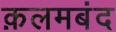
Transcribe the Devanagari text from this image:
क़लमबंद